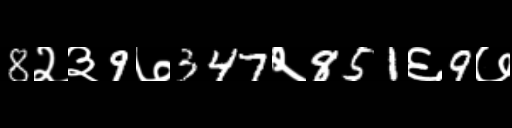
Text: 8२३9७347२851६9७